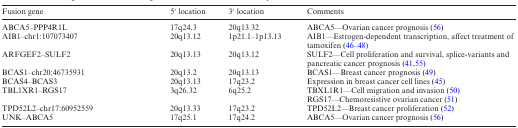
<table><thead><tr><td><b>Fusion gene</b></td><td><b>5′ location</b></td><td><b>3′ location</b></td><td><b>Comments</b></td></tr></thead><tbody><tr><td>ABCA5–PPP4R1L</td><td>17q24.3</td><td>20q13.32</td><td>ABCA5—Ovarian cancer prognosis (56)</td></tr><tr><td>AIB1–chr1:107073407</td><td>20q13.12</td><td>1p21.1–1p13.13</td><td>AIB1—Estrogen-dependent transcription, affect treatment of tamoxifen (46–48)</td></tr><tr><td>ARFGEF2–SULF2</td><td>20q13.13</td><td>20q13.12</td><td>SULF2—Cell proliferation and survival, splice-variants and pancreatic cancer prognosis (41,55)</td></tr><tr><td>BCAS1–chr20:46735931</td><td>20q13.2</td><td>20q13.13</td><td>BCAS1—Breast cancer prognosis (49)</td></tr><tr><td>BCAS4–BCAS3</td><td>20q13.13</td><td>17q23.2</td><td>Expression in breast cancer cell lines (45)</td></tr><tr><td>TBL1XR1–RGS17</td><td>3q26.32</td><td>6q25.2</td><td>TBXL1R1—Cell migration and invasion (50)</td></tr><tr><td></td><td></td><td></td><td>RGS17—Chemoresistive ovarian cancer (51)</td></tr><tr><td>TPD52L2–chr17:60952559</td><td>20q13.33</td><td>17q23.2</td><td>TPD52L2—Breast cancer proliferation (52)</td></tr><tr><td>UNK–ABCA5</td><td>17q25.1</td><td>17q24.2</td><td>ABCA5—Ovarian cancer prognosis (56)</td></tr></tbody></table>